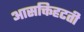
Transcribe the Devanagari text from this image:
आसक्तिहटती